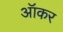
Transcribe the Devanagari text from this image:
ऑकर